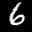
Label: 6